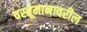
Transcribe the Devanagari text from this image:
वस्तूमानावरील